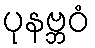
ပုနဗ္ဘဝံ